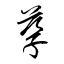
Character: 孳